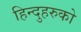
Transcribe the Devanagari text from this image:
हिन्दुहरुको